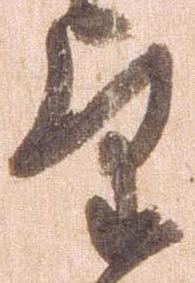
望